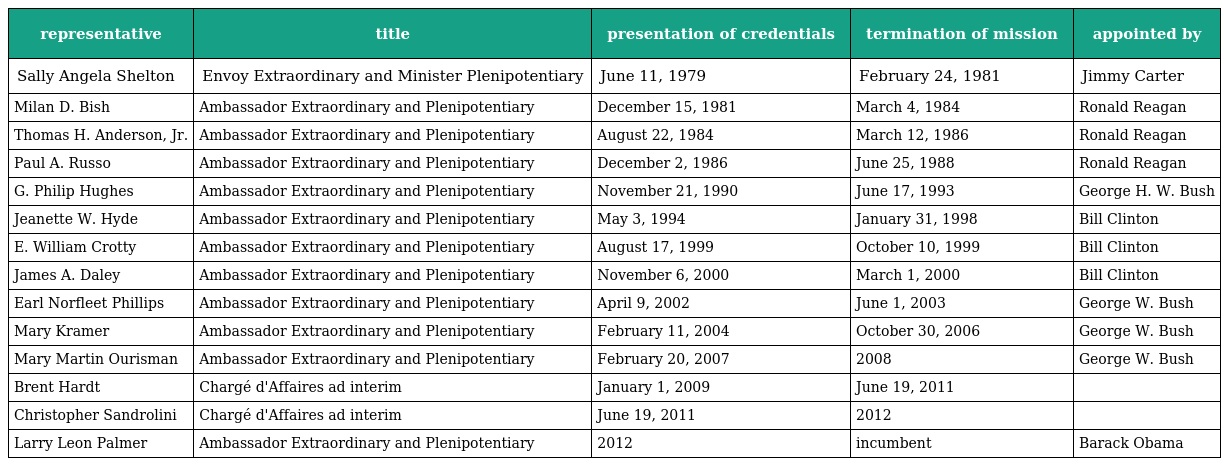
| representative | title | presentation of credentials | termination of mission | appointed by |
 | --- | --- | --- | --- | --- |
 | Sally Angela Shelton | Envoy Extraordinary and Minister Plenipotentiary | June 11, 1979 | February 24, 1981 | Jimmy Carter |
 | Milan D. Bish | Ambassador Extraordinary and Plenipotentiary | December 15, 1981 | March 4, 1984 | Ronald Reagan |
 | Thomas H. Anderson, Jr. | Ambassador Extraordinary and Plenipotentiary | August 22, 1984 | March 12, 1986 | Ronald Reagan |
 | Paul A. Russo | Ambassador Extraordinary and Plenipotentiary | December 2, 1986 | June 25, 1988 | Ronald Reagan |
 | G. Philip Hughes | Ambassador Extraordinary and Plenipotentiary | November 21, 1990 | June 17, 1993 | George H. W. Bush |
 | Jeanette W. Hyde | Ambassador Extraordinary and Plenipotentiary | May 3, 1994 | January 31, 1998 | Bill Clinton |
 | E. William Crotty | Ambassador Extraordinary and Plenipotentiary | August 17, 1999 | October 10, 1999 | Bill Clinton |
 | James A. Daley | Ambassador Extraordinary and Plenipotentiary | November 6, 2000 | March 1, 2000 | Bill Clinton |
 | Earl Norfleet Phillips | Ambassador Extraordinary and Plenipotentiary | April 9, 2002 | June 1, 2003 | George W. Bush |
 | Mary Kramer | Ambassador Extraordinary and Plenipotentiary | February 11, 2004 | October 30, 2006 | George W. Bush |
 | Mary Martin Ourisman | Ambassador Extraordinary and Plenipotentiary | February 20, 2007 | 2008 | George W. Bush |
 | Brent Hardt | Chargé d'Affaires ad interim | January 1, 2009 | June 19, 2011 |  |
 | Christopher Sandrolini | Chargé d'Affaires ad interim | June 19, 2011 | 2012 |  |
 | Larry Leon Palmer | Ambassador Extraordinary and Plenipotentiary | 2012 | incumbent | Barack Obama |